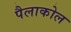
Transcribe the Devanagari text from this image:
पैलाकोल